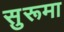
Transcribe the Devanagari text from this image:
सुरूमा